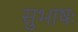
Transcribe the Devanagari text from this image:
सुभाषः